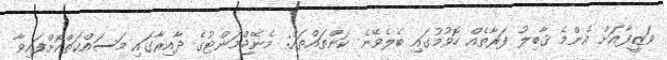
ވަޒީފާއަށް އެންމެ ޤާބިލު ފަރާތެއް ހޮވުމުގައި ބެލެވޭނެ ކަންތައްތައް: މެނޭޖްމަންޓުގެ ދާއިރާގައި މަސައްކަތްކޮށްފައިވާ